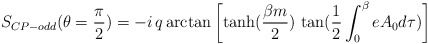
\begin{align*}S_{CP-odd}(\theta=\frac{\pi}{2})=-i\,q\, {\rm arctan}\left[\tanh(\frac{\beta m}{2})\, \tan(\frac{1}{2}\int_0^\beta e A_0 d\tau)\right]\end{align*}